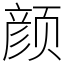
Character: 颜